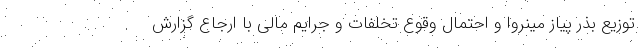
توزیع بذر پیاز مینروا و احتمال وقوع تخلفات و جرایم مالی با ارجاع گزارش